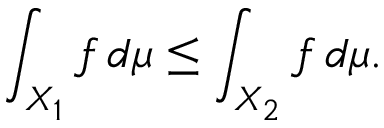
\int _ { X _ { 1 } } f \, d \mu \leq \int _ { X _ { 2 } } f \, d \mu .